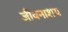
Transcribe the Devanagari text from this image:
जीवनाशय